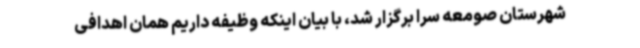
شهرستان صومعه سرا برگزار شد، با بیان اینکه وظیفه داریم همان اهدافی